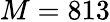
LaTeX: M=813